Annual report of the Civil Veterinary Department, Bengal, for the year 1897-98 - 1897-1898
Year: 1897
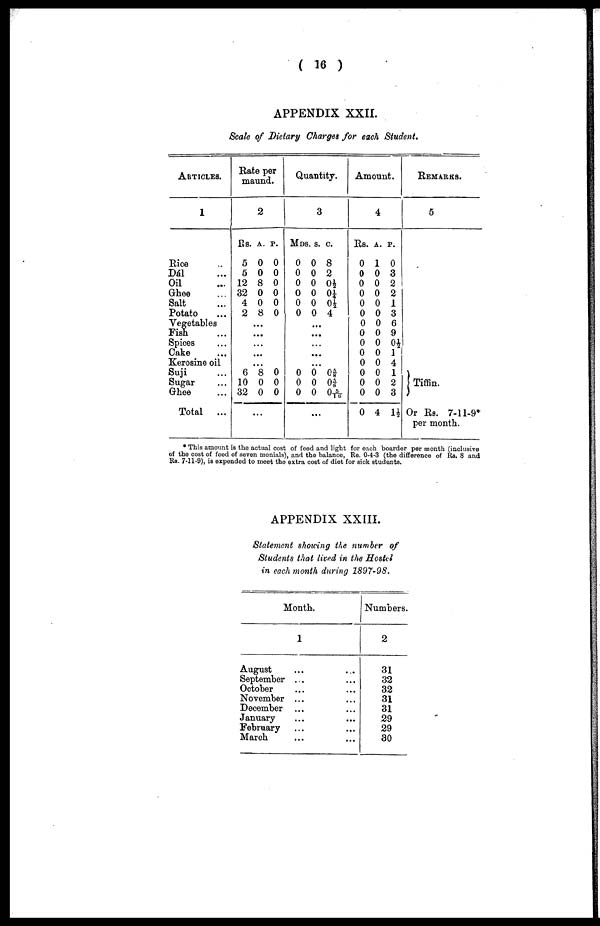
( 16 )
APPENDIX XXII.
Scale of Dietary Charges for each Student.
ARTICLES.
1
Rice ..
Dal ...
Oil ...
Ghee ...
Salt ...
Potato ...
Vegetables
Fish ...
Spices ...
Cake ...
Kerosine oil
Suji ...
Sugar ...
Ghee ...
Total
...
Rate per
maund.
2
Rs. A. P.
5 0 0
5 0 0
12 8 0
32 0 0
4 0 0
2 8 0
...
...
...
...
...
6 8 0
10 0 0
32 0 0
...
Quantity.
3
MDS. S. C.
0 0 8
0 0 2
0 0 0½
0 0 0¼
0 0 0½
0 0 4
...
...
...
...
...
0 0 0⅝
0 0 0⅝
0 0 05/16
...
Amount.
4
Rs. A. P.
0 1 0
0 0 3
0 0 2
0 0 2
0 0 1
0 0 3
0 0 6
0 0 9
0 0 0½
0 0 1
0 0 4
0 0 1
0 0 2
0 0 3
0 4 1½
REMARKS.
5
Tiffin.
Or Rs. 7-11-9*
per month.
* This amount is the actual cost of feed and light for each boarder per month (inclusive
of the cost of feed of seven menials), and the balance, Re. 0-4-3 (the difference of Rs. 8 and
Rs. 7-11-9), is expended to meet the extra cost of diet for sick students.
APPENDIX XXIII.
Statement showing the number of
Students that lived in the Hostel
in each month during 1897-98.
Month.
1
August...
September ...
October ...
November ...
December ...
January ...
February ...
March ...
...
...
...
...
...
...
...
...
Numbers.
2
31
32
32
31
31
29
29
30